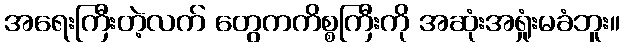
အရေးကြီးတဲ့လက် တွေကကိစ္စကြီးကို အဆုံးအရှုံးမခံဘူး။